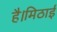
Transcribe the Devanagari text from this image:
है।मिठाई